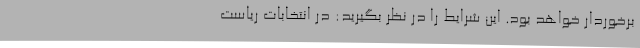
برخوردار خواهد بود. این شرایط را در نظر بگیرید: در انتخابات ریاست